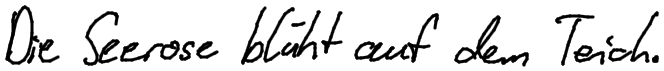
Die Seerose blüht auf dem Teich.